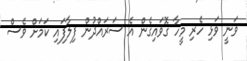
ވަނީ ވަޅި ހެރި މީހާ ގޮވައިގެން އެ ސަރައްދުން ފިލާފައި ކަމަށް ވެސް